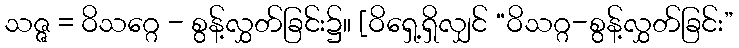
သဇ္ဇ = ဝိသဂ္ဂေ - စွန့်လွှတ်ခြင်း၌။ [ဝိရှေ့ရှိလျှင် “ဝိသဂ္ဂ-စွန့်လွှတ်ခြင်း”